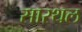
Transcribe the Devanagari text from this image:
सारथल